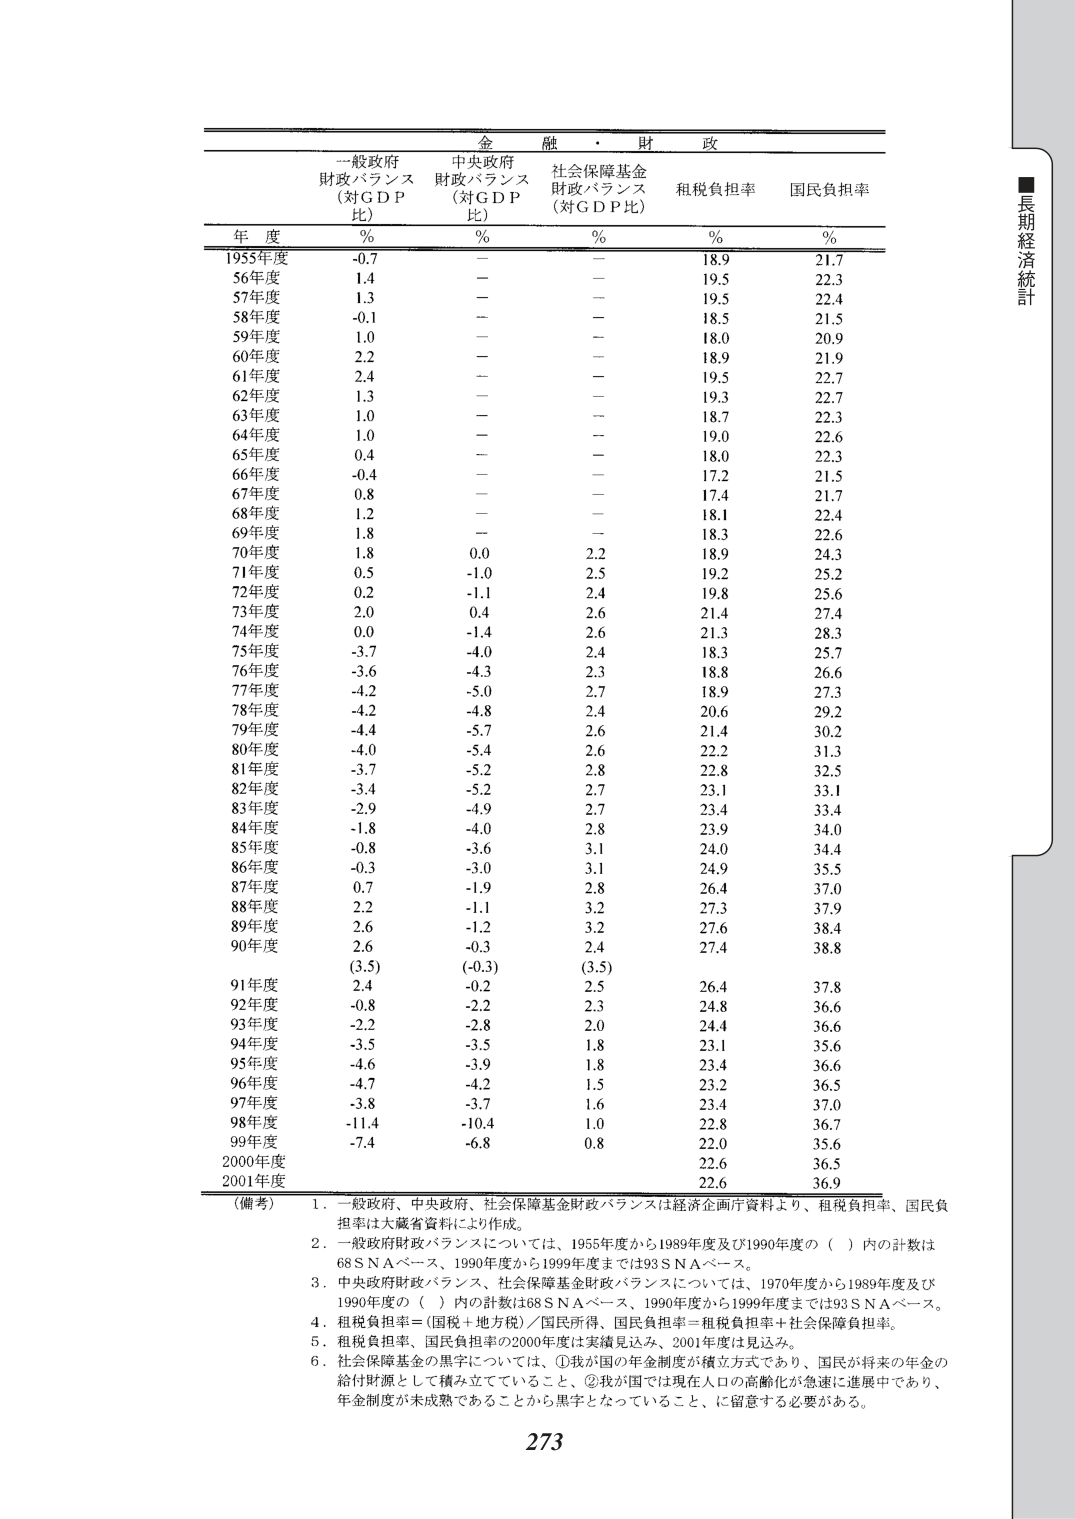
金融・財政

一般政府
財政バランス
(対ＧＤＰ比)
%

中央政府
財政バランス
(対ＧＤＰ比)
%

社会保障基金
財政バランス
(対ＧＤＰ比)
%

租税負担率
%

国民負担率
%

年度

1955年度
-0.7
－
－
18.9
21.7

56年度
1.4
－
－
19.5
22.3

57年度
1.3
－
－
19.5
22.4

58年度
-0.1
－
－
18.5
21.5

59年度
1.0
－
－
18.0
20.9

60年度
2.2
－
－
18.9
21.9

61年度
2.4
－
－
19.5
22.7

62年度
1.3
－
－
19.3
22.7

63年度
1.0
－
－
18.7
22.3

64年度
1.0
－
－
19.0
22.6

65年度
0.4
－
－
18.0
22.3

66年度
-0.4
－
－
17.2
21.5

67年度
0.8
－
－
17.4
21.7

68年度
1.2
－
－
18.1
22.4

69年度
1.8
－
－
18.3
22.6

70年度
1.8
0.0
2.2
18.9
24.3

71年度
0.5
-1.0
2.5
19.2
25.2

72年度
0.2
-1.1
2.4
19.8
25.6

73年度
2.0
0.4
2.6
21.4
27.4

74年度
0.0
-1.4
2.6
21.3
28.3

75年度
-3.7
-4.0
2.4
18.3
25.7

76年度
-3.6
-4.3
2.3
18.8
26.6

77年度
-4.2
-5.0
2.7
18.9
27.3

78年度
-4.2
-4.8
2.4
20.6
29.2

79年度
-4.4
-5.7
2.6
21.4
30.2

80年度
-4.0
-5.4
2.6
22.2
31.3

81年度
-3.7
-5.2
2.8
22.8
32.5

82年度
-3.4
-5.2
2.7
23.1
33.1

83年度
-2.9
-4.9
2.7
23.4
33.4

84年度
-1.8
-4.0
2.8
23.9
34.0

85年度
-0.8
-3.6
3.1
24.0
34.4

86年度
-0.3
-3.0
3.1
24.9
35.5

87年度
0.7
-1.9
2.8
26.4
37.0

88年度
2.2
-1.1
3.2
27.3
37.9

89年度
2.6
-1.2
3.2
27.6
38.4

90年度
2.6
-0.3
2.4
27.4
38.8

(3.5)
(-0.3)
(3.5)

91年度
2.4
-0.2
2.5
26.4
37.8

92年度
-0.8
-2.2
2.3
24.8
36.6

93年度
-2.2
-2.8
2.0
24.4
36.6

94年度
-3.5
-3.5
1.8
23.1
35.6

95年度
-4.6
-3.9
1.8
23.4
36.6

96年度
-4.7
-4.2
1.5
23.2
36.5

97年度
-3.8
-3.7
1.6
23.4
37.0

98年度
-11.4
-10.4
1.0
22.8
36.7

99年度
-7.4
-6.8
0.8
22.0
35.6

2000年度
22.6
36.5

2001年度
22.6
36.9

（備考）
1．一般政府、中央政府、社会保障基金財政バランスは経済企画庁資料より、租税負担率、国民負担率は大蔵省資料により作成。
2．一般政府財政バランスについては、1955年度から1989年度及び1990年度の（ ）内の計数は68ＳＮＡベース、1990年度から1999年度までは93ＳＮＡベース。
3．中央政府財政バランス、社会保障基金財政バランスについては、1970年度から1989年度及び1990年度の（ ）内の計数は68ＳＮＡベース、1990年度から1999年度までは93ＳＮＡベース。
4．租税負担率＝（国税＋地方税）／国民所得、国民負担率＝租税負担率＋社会保障負担率。
5．租税負担率、国民負担率の2000年度は実績見込み、2001年度は見込み。
6．社会保障基金の黒字については、①我が国の年金制度が積立方式であり、国民が将来の年金の給付財源として積み立てていること、②我が国では現在人口の高齢化が急速に進展中であり、年金制度が未成熟であることから黒字となっていること、に留意する必要がある。

273

■長期経済統計